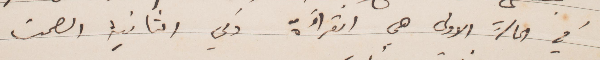
في الحالة الأولى هي القراءة وفي الثانية الصمت